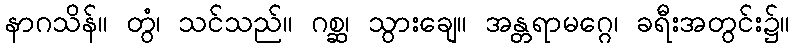
နာဂသိန်။ တွံ၊ သင်သည်။ ဂစ္ဆ၊ သွားချေ။ အန္တရာမဂ္ဂေ၊ ခရီးအတွင်း၌။